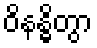
ဝိနန္ဓိတွာ